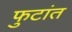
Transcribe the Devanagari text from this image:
फुटांत